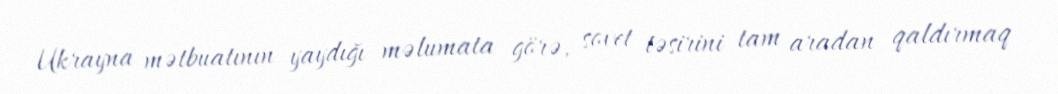
Ukrayna mətbuatının yaydığı məlumata görə, sovet təsirini tam aradan qaldırmaq